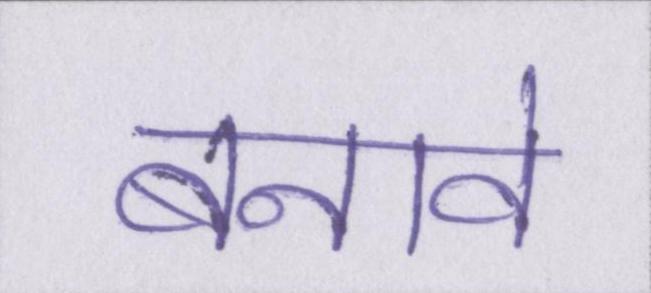
बनावे